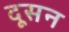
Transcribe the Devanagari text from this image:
दूसन